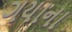
ગયાના